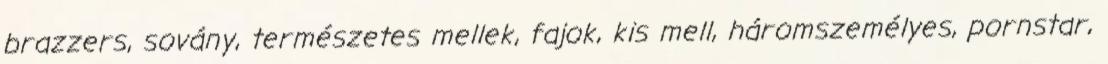
brazzers, sovány, természetes mellek, fajok, kis mell, háromszemélyes, pornstar,